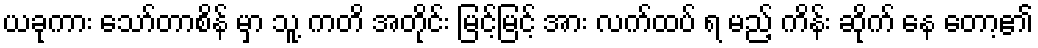
ယခုကား သော်တာစိန် မှာ သူ့ ကတိ အတိုင်း မြင့်မြင့် အား လက်ထပ် ရ မည့် ကိန်း ဆိုက် နေ တော့၏